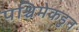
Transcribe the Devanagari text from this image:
पश्चिमेकडुन